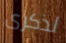
لذكرى